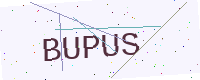
Text: BUPUS